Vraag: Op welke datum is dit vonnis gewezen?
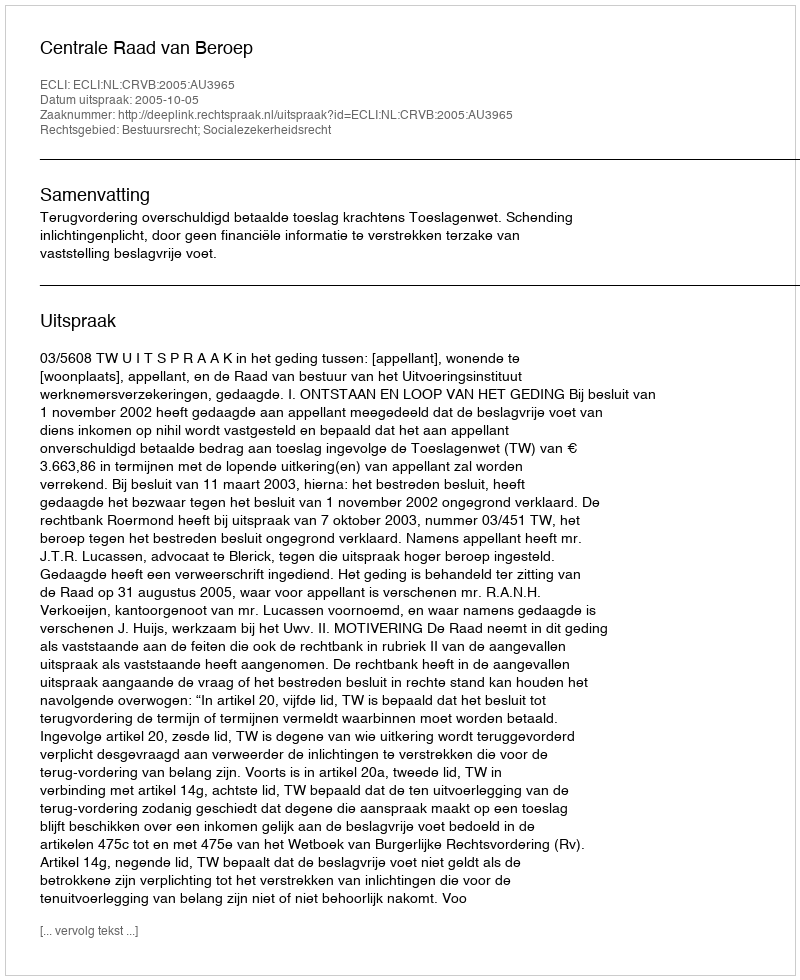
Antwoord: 2005-10-05